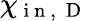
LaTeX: \chi_{\mathrm{~i~n~,~}\mathrm{~D~}}